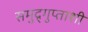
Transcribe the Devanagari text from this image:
समुद्र्गुप्ताशी